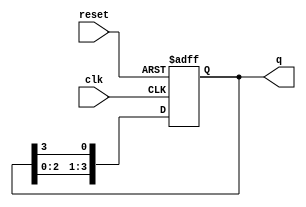
module binary_ring_counter (
    input wire clk,       // Clock signal
    input wire reset,     // Asynchronous reset signal
    output reg [3:0] q    // 4-bit output representing the counter state
);
    
    // Initial state
    initial begin
        q = 4'b0001; // Set the initial state to 0001
    end

    // Always block for the counter functionality
    always @(posedge clk or posedge reset) begin
        if (reset) begin
            q <= 4'b0001; // Reset to initial state
        end else begin
            // Shift the '1' to the next flip-flop in the ring
            q <= {q[2:0], q[3]}; // Circular shift
        end
    end

endmodule